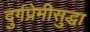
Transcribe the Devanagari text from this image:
दुर्गप्रेमीसुद्धा